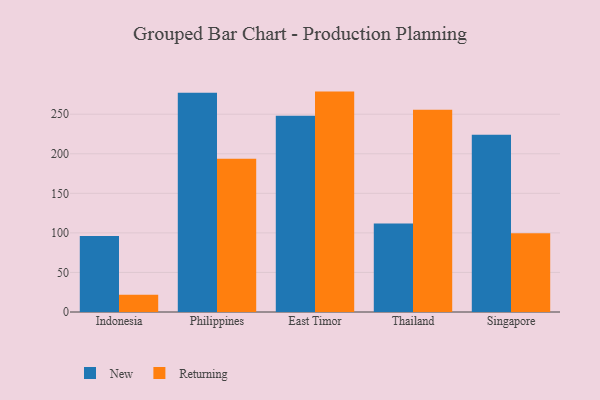
{"axis": {"x": "Country", "y": "Energy Usage (MWh)"}, "legend": ["New", "Returning"], "data": [{"x": "Indonesia", "y": 96.2, "type": "New"}, {"x": "Indonesia", "y": 21.7, "type": "Returning"}, {"x": "Philippines", "y": 277.0, "type": "New"}, {"x": "Philippines", "y": 193.8, "type": "Returning"}, {"x": "East Timor", "y": 248.2, "type": "New"}, {"x": "East Timor", "y": 278.6, "type": "Returning"}, {"x": "Thailand", "y": 112.0, "type": "New"}, {"x": "Thailand", "y": 255.6, "type": "Returning"}, {"x": "Singapore", "y": 223.9, "type": "New"}, {"x": "Singapore", "y": 99.5, "type": "Returning"}]}